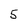
Character: 5